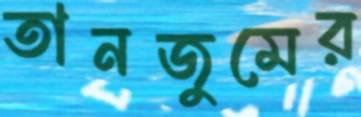
তানজুমের